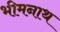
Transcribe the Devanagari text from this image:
भीमनाथ